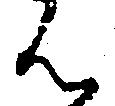
ん